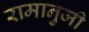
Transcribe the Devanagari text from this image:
रामानुजी